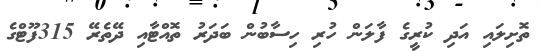
ތޮށިލައި އަދި ކުރީގެ ފާލަން ހުރި ހިސާބުން ބަދަރު ތޮއްޓާއި ދޭތެރޭ 315ފޫޓްގެ